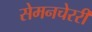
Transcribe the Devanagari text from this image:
सेमनचेररी